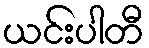
ယင်းပါတီ